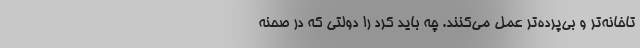
تاخانه‌تر و بی‌پرده‌تر عمل می‌کنند. چه باید کرد را دولتی که در صحنه